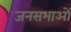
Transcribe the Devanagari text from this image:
जनसभाआें